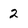
Character: 2